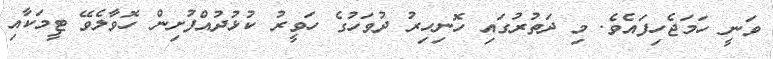
ވަނީ ހަމަޖެހިފައެވެ. މި ދަތުރުގައި ހޮނިހިރު ދުވަހުގެ ހަވީރު ކުޅުދުއްފުށިން ހޮވާލެވޭ ޓީމަކާއި